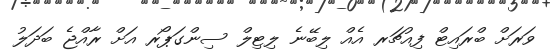
ވަރަށް ބްރައިޓް ފިއުޗަރ އެއް ލިބޭނެ ލިޓިލް ސިންގަޕޯރ އަށް ރާއްޖެ ބަދަލު